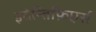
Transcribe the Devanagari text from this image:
इदेन्तिफ़िएर्स